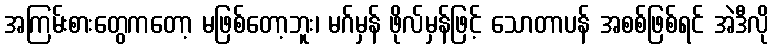
အကြမ်းစားတွေကတော့ မဖြစ်တော့ဘူး၊ မဂ်မှန် ဖိုလ်မှန်ဖြင့် သောတာပန် အစစ်ဖြစ်ရင် အဲဒီလို